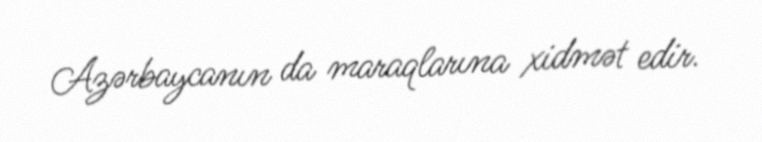
Azərbaycanın da maraqlarına xidmət edir.